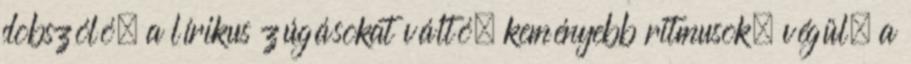
dobszóló, a lírikus zúgásokat váltó, keményebb ritmusok, végül, a